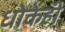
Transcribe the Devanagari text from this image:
धोकेही